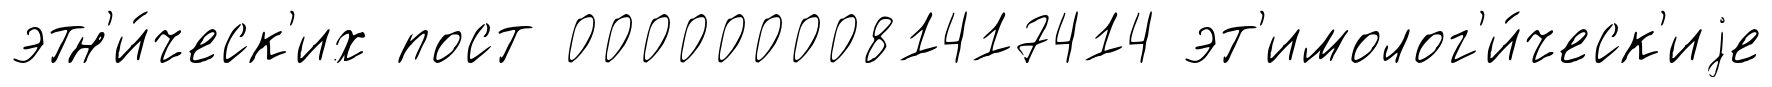
этн'и́ческ'их пост 0000000081417414 эт'имолог'и́ческ'иjе